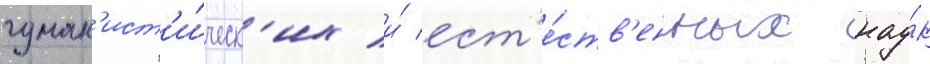
гуман'ист'и́ческ'их и́ ест'е́ств'енных нау́к